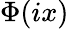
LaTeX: \Phi(ix)